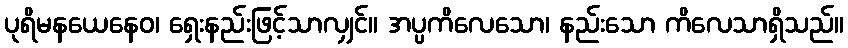
ပုရိမနယေနေဝ၊ ရှေးနည်းဖြင့်သာလျှင်။ အပ္ပကိလေသော၊ နည်းသော ကိလေသာရှိသည်။